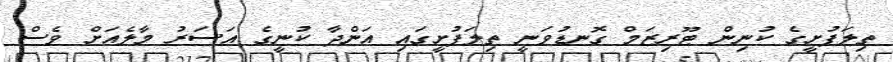
ތިލަފުށީގެ ކުނިން ޓޫރިޒަމް ގޮނޑުވަނީ ތިލަފުށީގައި އަންދާ ކުނީގެ އަސަރު މާލެއަށް ވެސް